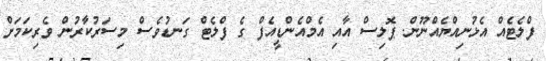
ފްލެޓެއް އެޅުނިއްޔެއްނޫން. ޕޮލިސް އާއި އެމްއެންޑީއެފް ގެ ފްލެޓް ގަނޑުވެސް މިސަރުކާރުން ވެރިކަމަށް